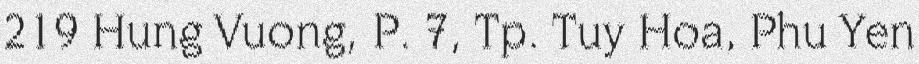
219 Hung Vuong, P. 7, Tp. Tuy Hoa, Phu Yen